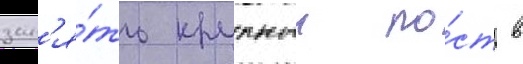
зан'я́ть крупныи по́ст в